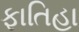
ફાતિહા